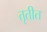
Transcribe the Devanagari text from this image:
तृतीत